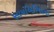
સાયબિરિયાના